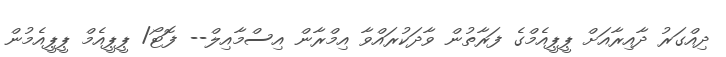
ދިއްގަރު ދާއިރާއަށް ޕީޕީއެމްގެ ފަރާތުން ވާދަކުރައްވާ އިމްރާން އިސްމާއިލް-- ފޮޓޯ/ ޕީޕީއެމް ޕީޕީއެމުން